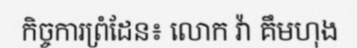
កិច្ចការព្រំដែន៖ លោក វ៉ា គឹមហុង